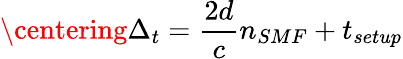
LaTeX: \centering\Delta_{t}=\frac{2d}{c}{n_{SMF}}+t_{setup}